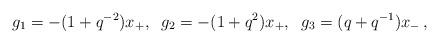
LaTeX: \begin{align*}g_1 =-(1+q^{-2})x_{+},\;\; g_2 =-(1+q^2 )x_{+},\;\; g_3 =(q+q^{-1})x_{-}\,,\end{align*}